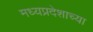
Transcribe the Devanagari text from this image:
मध्यप्रदेशाच्या